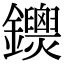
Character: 𨰐